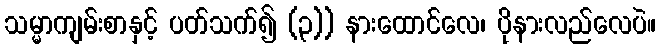
သမ္မာကျမ်းစာနှင့် ပတ်သက်၍ (၃)) နားထောင်လေ၊ ပိုနားလည်လေပဲ။